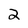
Character: 2